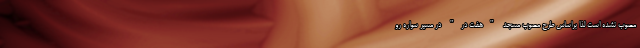
مصوب نشده‌ است لذا براساس طرح مصوب مسجد "هفت در" در مسیر سواره رو